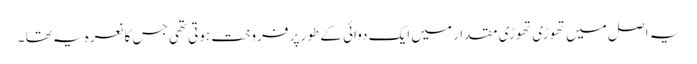
یہ اصل میں تھوڑی تھوڑی مقدار میں ایک دوائی کے طور پر فروخت ہوتی تھی جس کا نعرہ یہ تھا ۔